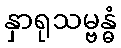
နှာရုသမ္ဗန္ဓံ